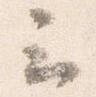
云